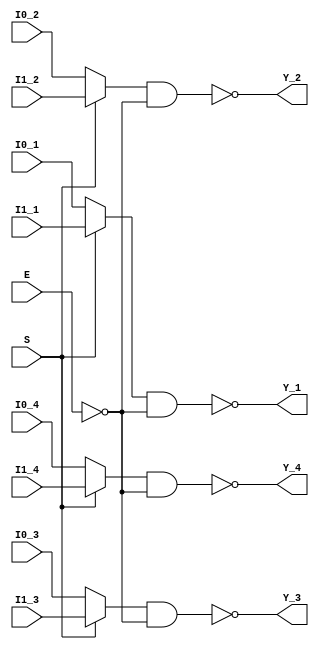


//Quad 2-input multiplexer; inverting
//active LOW E
module ic_74158(
    Y_1, I0_1, I1_1,
    Y_2, I0_2, I1_2,
    Y_3, I0_3, I1_3,
    Y_4, I0_4, I1_4,
    S, E);
    output Y_1, Y_2, Y_3, Y_4;
    input I0_1, I1_1, 
          I0_2, I1_2,
          I0_3, I1_3,
          I0_4, I1_4;
    input S, E;

    assign Y_1 = ~(((S)? I1_1:I0_1) & ~E);
    assign Y_2 = ~(((S)? I1_2:I0_2) & ~E);
    assign Y_3 = ~(((S)? I1_3:I0_3) & ~E);
    assign Y_4 = ~(((S)? I1_4:I0_4) & ~E);

endmodule